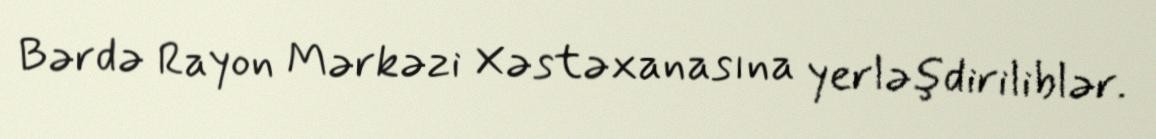
Bərdə Rayon Mərkəzi Xəstəxanasına yerləşdiriliblər.